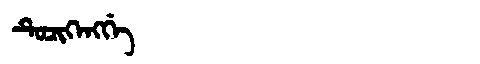
Manchu: ᡨᡠᠴᡳᡴᡝᠩᡤᡝ
Romanization: TUCIKENGGE